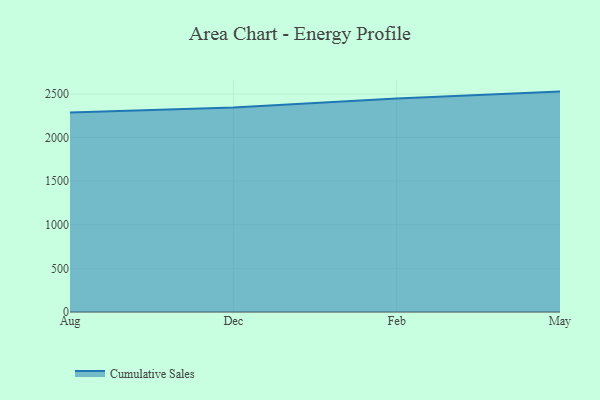
{"axis": {"x": "Month", "y": "Waste Production (Tons)"}, "legend": ["Cumulative Sales"], "data": [{"x": "Aug", "y": 2287.7, "type": "Cumulative Sales"}, {"x": "Dec", "y": 2345.7, "type": "Cumulative Sales"}, {"x": "Feb", "y": 2448.9, "type": "Cumulative Sales"}, {"x": "May", "y": 2526.9, "type": "Cumulative Sales"}]}